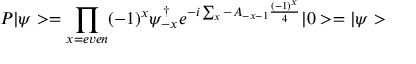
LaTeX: P | \psi > = \prod _ { x = e v e n } ( - 1 ) ^ { x } \psi _ { - x } ^ { \dagger } e ^ { - i \sum _ { x } - A _ { - x - 1 } \frac { ( - 1 ) ^ { x } } { 4 } } | 0 > = | \psi >